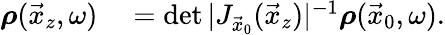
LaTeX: \begin{array}{rl}{\boldsymbol{\rho}(\vec{x}_{z},\omega)}&{{}=\operatorname*{det}|J_{\vec{x}_{0}}(\vec{x}_{z})|^{-1}\boldsymbol{\rho}(\vec{x}_{0},\omega).}\end{array}